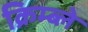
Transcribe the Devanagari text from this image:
क्रिम्ब्ले